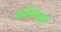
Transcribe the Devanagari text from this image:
झालियावरी